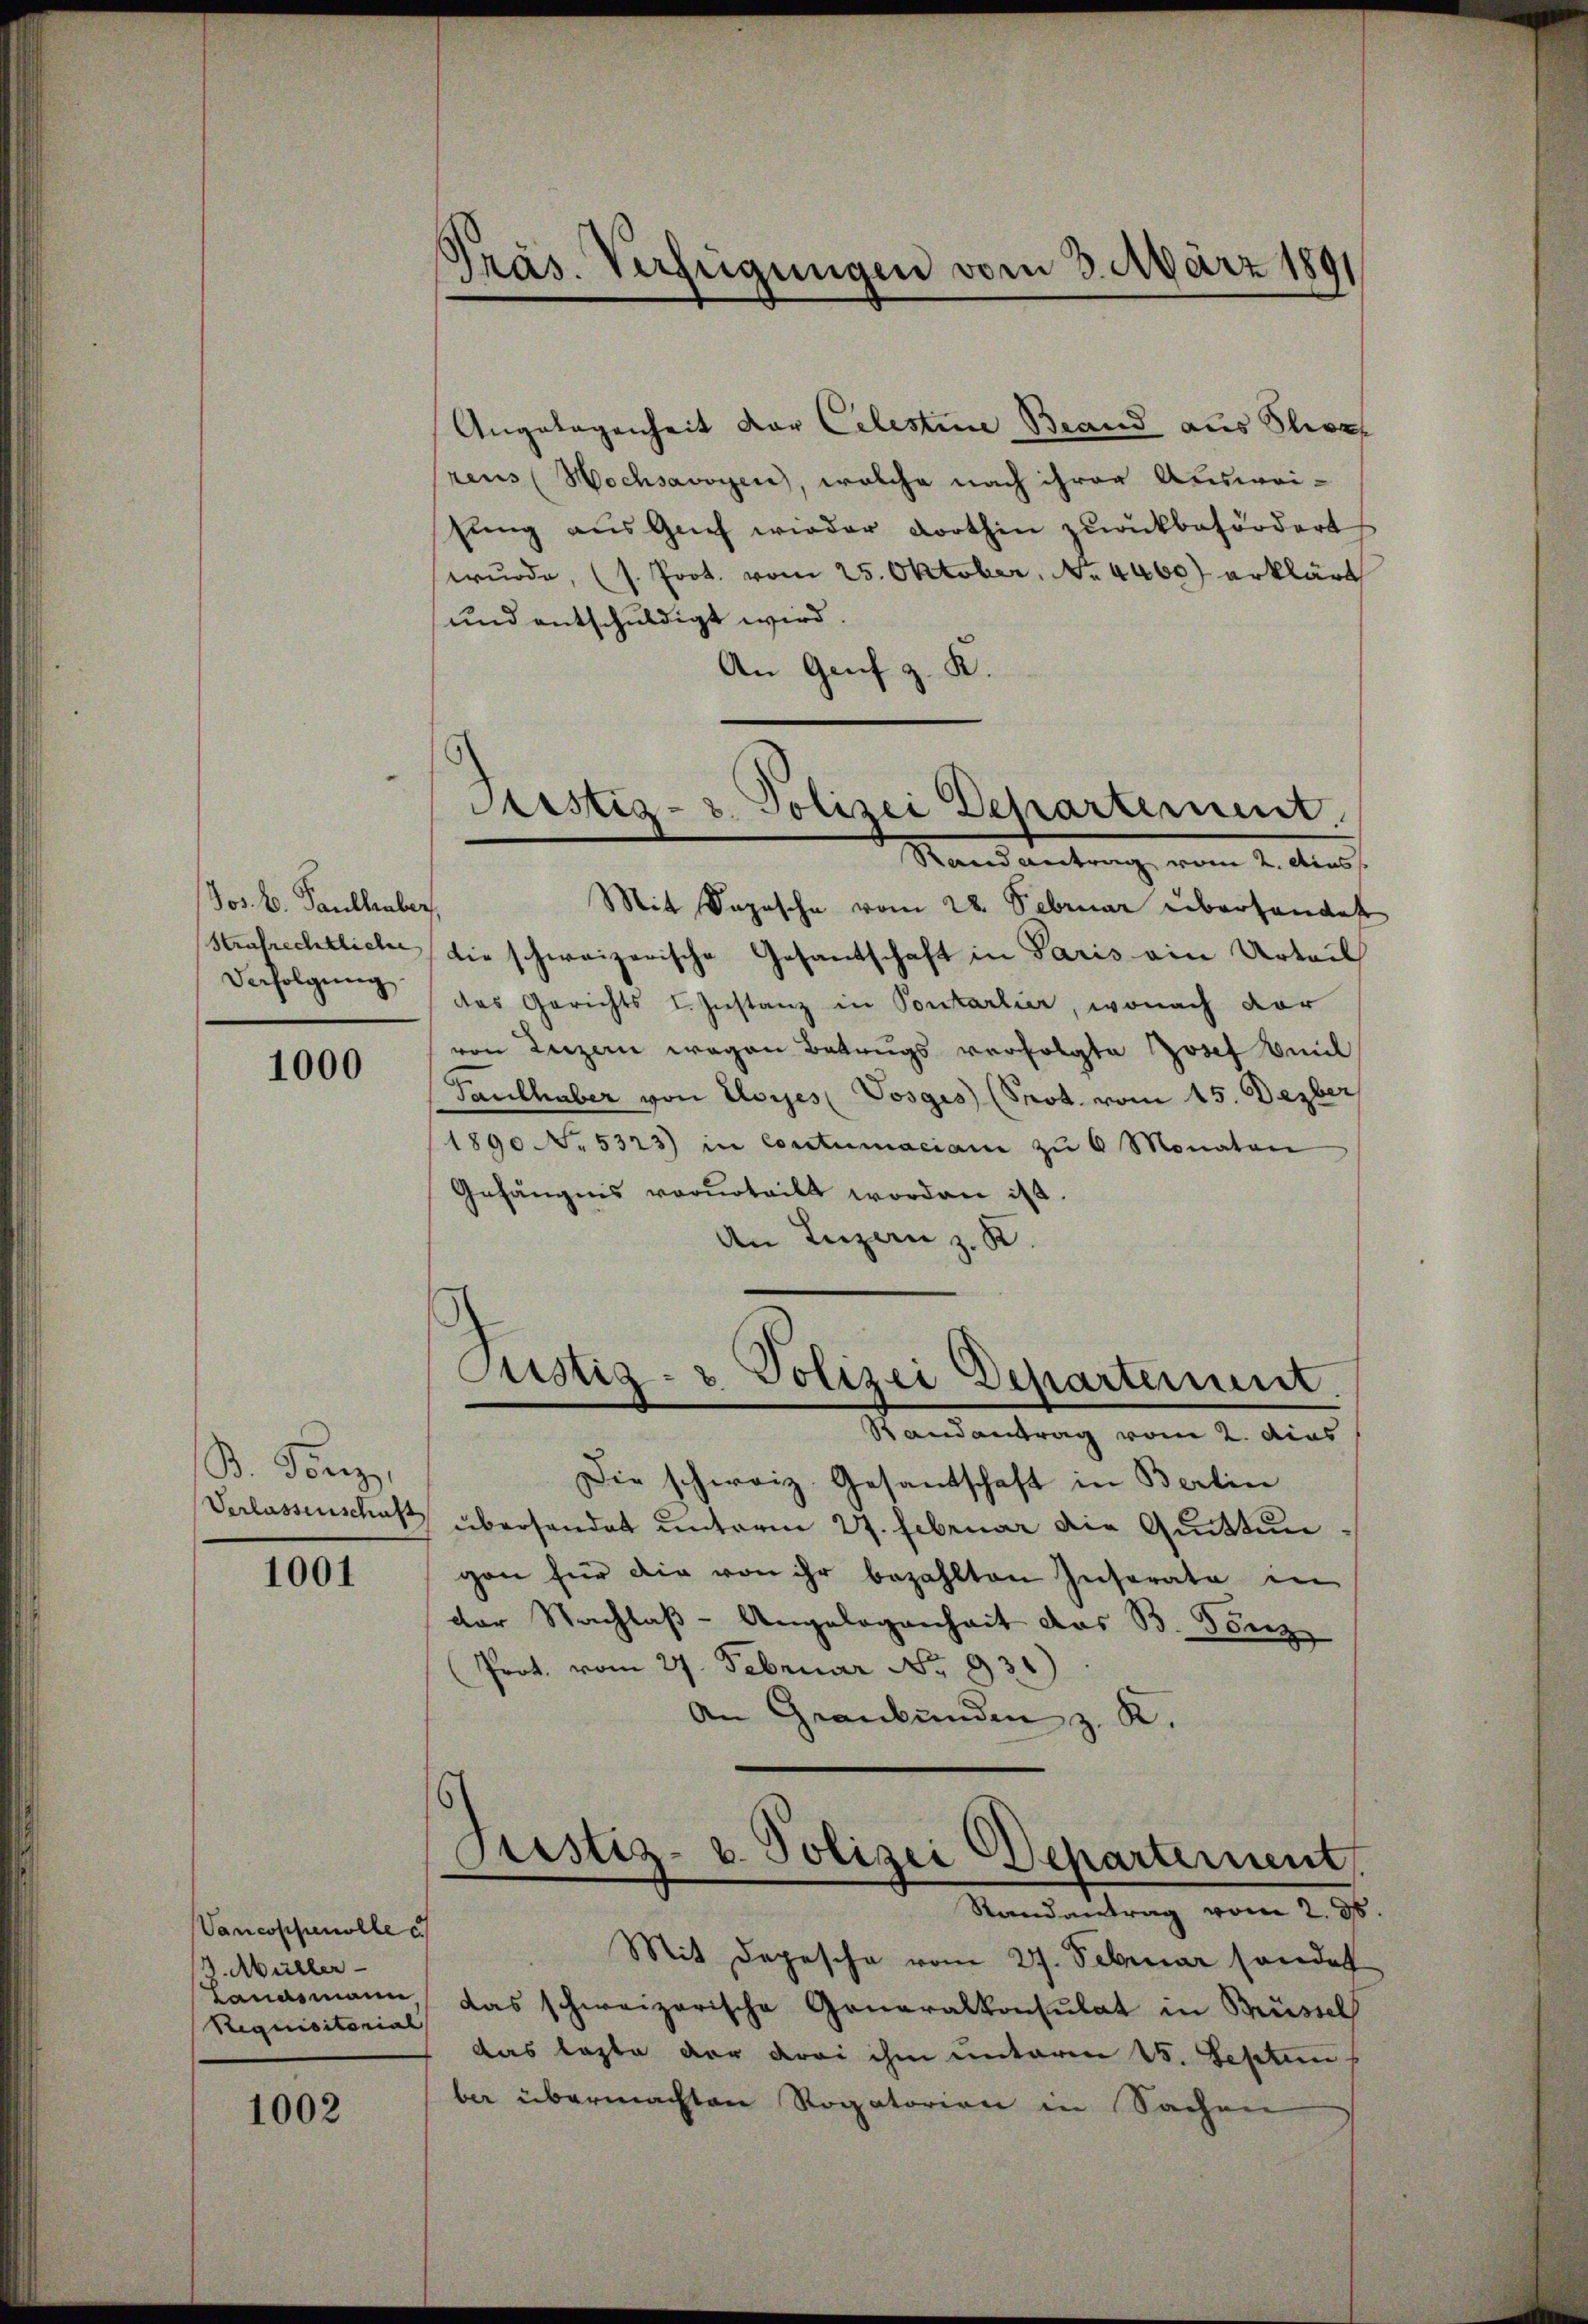
Jos. B. Paulhuber,
Verfolgung.

1000

B. Konz
Verlassenschuß

1001

Vancoppenolle c
4. Müller-
Requisitorial

1002

Präs. Verfügungen vom 3. März 1891

Angelegenheit der Celestine Brand aus Stror
reus (Wachsavoyen, welche nach ihrer Auswei-
shung aus Genf wieder dorthin zurückbefördert
wŭrde, (s. Prot. vom 25. Oktober, No. 4460) erklärt
und entschuldigt wird.
An Genf z. K.
Mit Saposche vom 28. Februar überhandet
Strafrechtlicher die schweizerische Gesantschaft in Paris ein Urteil
das Gerichts I. Instanz in Pontarlier, wonach dar
von Luzern wegen Betrugs verfolgte Josef Meil
Pauthaber von Eloyes (Vosgis) (Prot. vom 15. Dezber
1890 No. 5323) in Contumaciam zŭ 6 Monaten
Gefängnis vorurteilt worden ist.
An Luzern z. K.
Justiz- & Polizei Departement.
Randantrag vom 2. das
Die schweiz. Gesandschaft in Berlin
übersendet unterm 27. Februar die Quittungen für die von ihr bezahlten Inserate in
der Nachlaß-Angelegenheit das B. Fenz
Prot. vom 27. Februar No. 931)
An Graubünden z. K.

Astiz- & Polizei Departement.
Randantrag vom 2. Auss

6
Justiz- u. Polizei Departement
Randantrag vom 2. ds.

Mit Depesche vom 27. Februar sonder
Landsmann, das schweizerische Generalkonsulat in Brüssel
das laste der drei ihm unterm 15. Septun
ber übermachten Rogatorien in Sachen